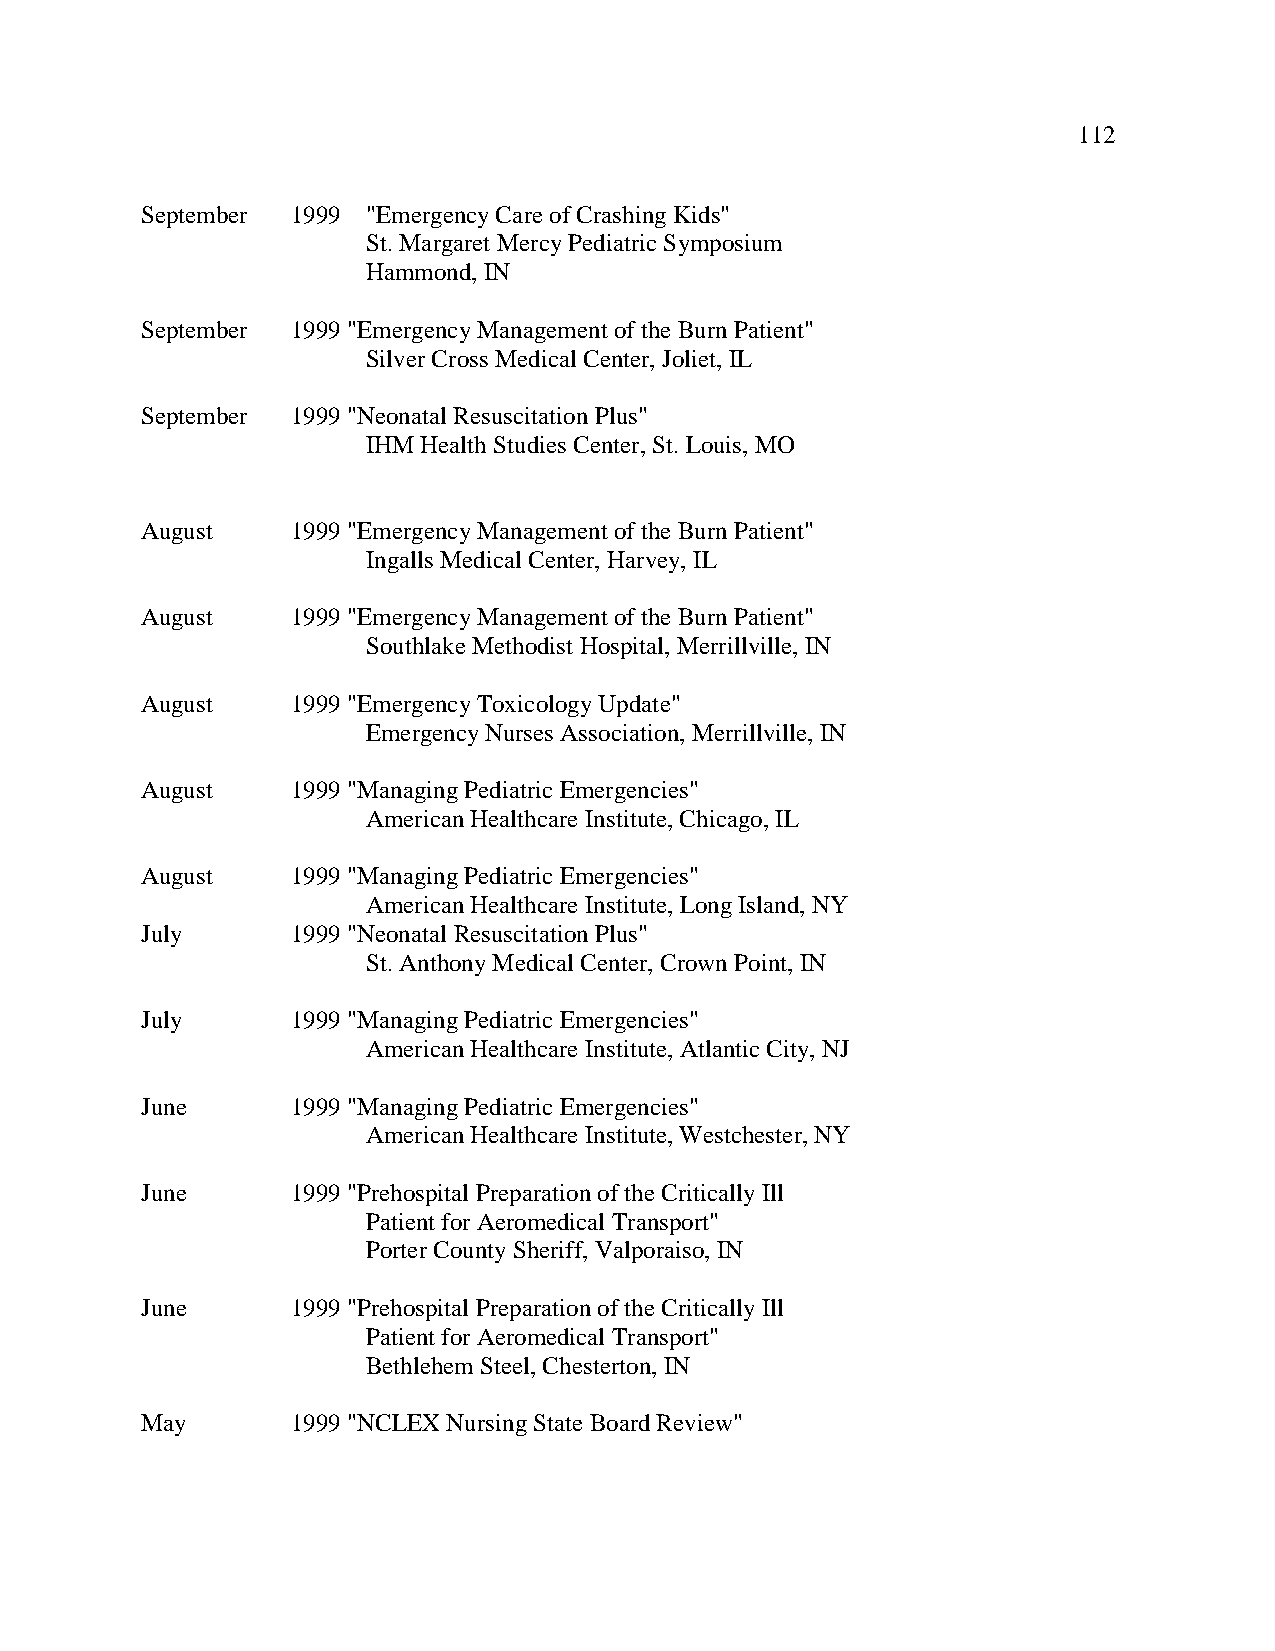
112
 September 1999 "Emergency Care of Crashing Kids"
 St. Margaret Mercy Pediatric Symposium
 Hammond, IN
 September 1999 "Emergency Management of the Burn Patient"
 Silver Cross Medical Center, Joliet, IL
 September 1999 "Neonatal Resuscitation Plus"
 IHM Health Studies Center, St. Louis, MO
 August    1999 "Emergency Management of the Burn Patient"
 Ingalls Medical Center, Harvey, IL
 August    1999 "Emergency Management of the Burn Patient"
 Southlake Methodist Hospital, Merrillville, IN
 August    1999 "Emergency Toxicology Update"
 Emergency Nurses Association, Merrillville, IN
 August    1999 "Managing Pediatric Emergencies"
 American Healthcare Institute, Chicago, IL
 August    1999 "Managing Pediatric Emergencies"
 American Healthcare Institute, Long Island, NY
 July      1999 "Neonatal Resuscitation Plus"
 St. Anthony Medical Center, Crown Point, IN
 July      1999 "Managing Pediatric Emergencies"
 American Healthcare Institute, Atlantic City, NJ
 June      1999 "Managing Pediatric Emergencies"
 American Healthcare Institute, Westchester, NY
 June      1999 "Prehospital Preparation of the Critically Ill
 Patient for Aeromedical Transport"
 Porter County Sheriff, Valporaiso, IN
 June      1999 "Prehospital Preparation of the Critically Ill
 Patient for Aeromedical Transport"
 Bethlehem Steel, Chesterton, IN
 May       1999 "NCLEX Nursing State Board Review"